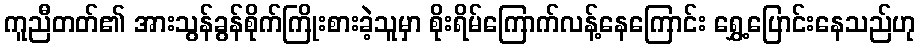
ကူညီတတ်၏ အားသွန်ခွန်စိုက်ကြိုးစားခဲ့သူမှာ စိုးရိမ်ကြောက်လန့်နေကြောင်း ရွှေ့ပြောင်းနေသည်ဟု